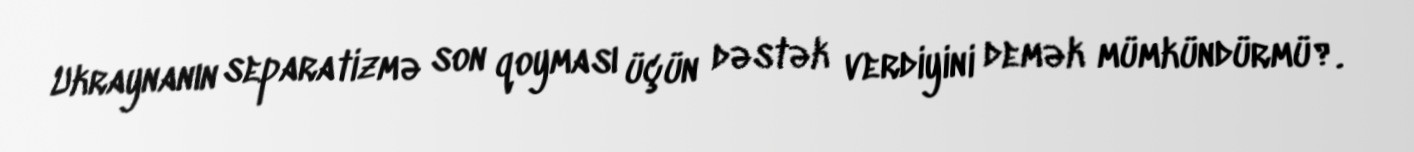
Ukraynanın separatizmə son qoyması üçün dəstək verdiyini demək mümkündürmü?.